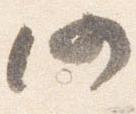
仍